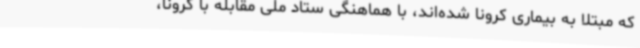
که مبتلا به بیماری کرونا شده‌اند، با هماهنگی ستاد ملی مقابله با کرونا،